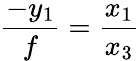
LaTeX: {\frac{-y_{1}}{f}}={\frac{x_{1}}{x_{3}}}